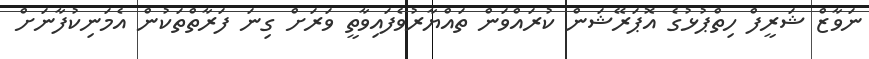
ނަވާޒް ޝަރީފް ހިތްޕުޅުގެ އޮޕަރޭޝަން ކުރައްވަން ތައްޔާރުވެފައިވާތީ ވަރަށް ގިނަ ފަރާތްތަކުން އެމަނިކުފާނަށް